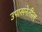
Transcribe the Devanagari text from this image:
उपासनेतील